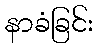
နာခံခြင်း